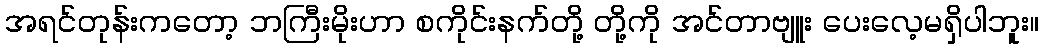
အရင်တုန်းကတော့ ဘကြီးမိုးဟာ စကိုင်းနက်တို့ တို့ကို အင်တာဗျူး ပေးလေ့မရှိပါဘူး။